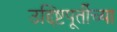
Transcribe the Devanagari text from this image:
उद्दिष्टपूर्तीच्या